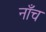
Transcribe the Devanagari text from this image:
नाँच